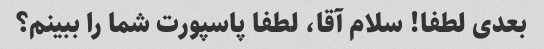
بعدی لطفا! سلام آقا، لطفا پاسپورت شما را ببینم؟